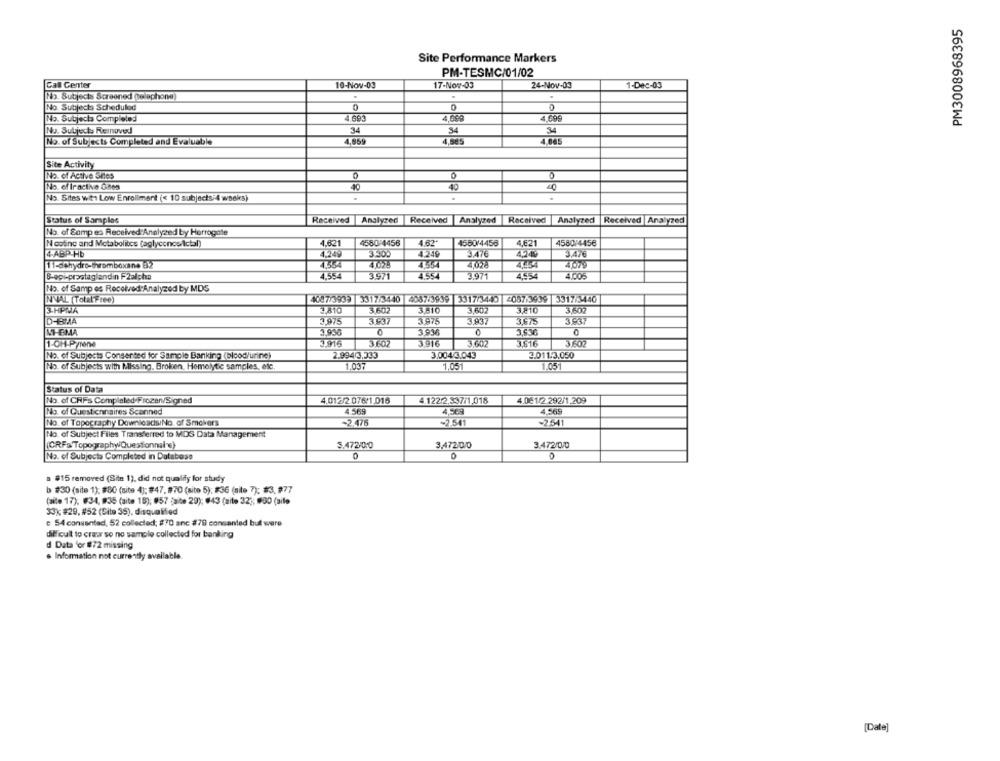
PM3008968395
Site Performance Markers
PM-TESMC/01/02
17-Nov-03
24-Nov-03
Call Center
10-Nov-03
1-Dec-03
No. Subjects Screened (telephone)
No. Subjects Scheduled
0
0
No. Subjects Completed
4.693
4.699
34
34
34
No. Subjects Reinuved
No. of Subjects Completed and Evaluable
4,859
4,565
4.085
Site Activity
No. of Active Sites
0
No. of iractive Ghes
40
40
40
No. Sites with Low Enrollment (< 10 subjects:4 weeks)
Status of Samples
Received
Analyzed
Received
Analyzed Received
Analyzed
Received Analyzed
No. of Samp es Received Analyzed by Harrogate
N cotino and Metabolites (aglyconos/Ictal)
4.621
4580-4456
462
4550/4458
4.621
4580 4456
4-ABP-Hb
3.30.
4 249
3.476
4.249
3.476
445
4078
4,079
4,554
3971
4.554
3.971
4.554
4,005
B-epi-prostaglandin F2alpha
No. of Samp es Received Analyzed by MDS
4087/3939 3317/3440 4087/3939 3317/3440 087)3939 3317/3440
NVAL (TotalFree)
3-HPNA
3,810
3 607
3.810
3,602
3,810
3,602
D-BMA
3.975
3537
3975
3.937
3.675
NIEMA
39M
3,636
1-OH-Pyrene
3.4715
3.602
3.916
3647
3516
3.602
No. of Subjects Consented for Sample Banking (blood/urine)
2.994/3,333
3,004/3.043
2.011.3.050
No. of Subjects with Missing. Broken, Hemolytic samples, etc.
1.037
1,05
1.05
Status of Data
No.of CRFs Completed-Frozen/Signed
4.012/2.076/1.016
4.122.2.337/1.018
4.08 1/2.292/1,209
No. of Questionnaires Scanned
4.569
4.569
No. of Topography Downloads/No. of Smckers
-2.476
~2.541
-2,541
No. of Subject Files Transferred to MIDS Data Management
(CRFa'TopographyQuestionnale)
5.472-0:0
3,47200
3.472/0/0
No. of Subjects Completed in Database
0
a #15 removed (Site 1), did not qualify for study
b #30 (site 1); #80 (site 4); #47, #70 (site 5); #36 (site 7): #3, 977
(alle 17): #34, #35 (aite 18); #57 faite 29); #43 (mite 32 ;; #90 (site
33% #29, #52 (Site 35), disqualified
e 54 consentedi, 52 collected; 870 anc #79 consented bull were
difficult to craw so no sample collected for banking
d Data for #72 missing
. Information not currently available.
[Date]